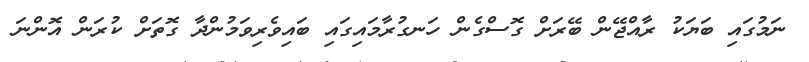
ނަމުގައި ބަޔަކު ރާއްޖޭން ބޭރަށް ގޮސްގެން ހަނގުރާމައިގައި ބައިވެރިވަމުންދާ ގޮތަށް ކުރަން އޮންނަ